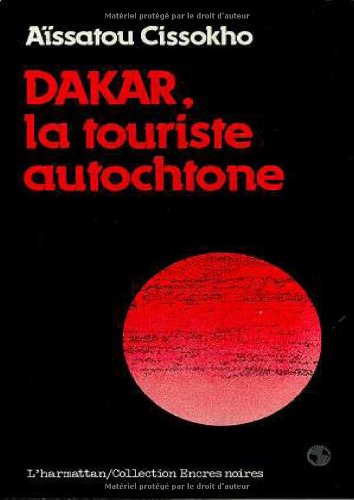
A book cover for Dakar, la touriste autochtone (Collection Encres noires) (French Edition); Aissatou Cissokho; Travel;